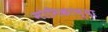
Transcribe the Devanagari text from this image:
मोनिकाच्या